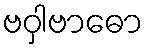
ဗဝှါဗာဓော